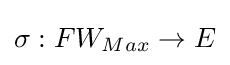
\sigma :FW_{Max}\to E